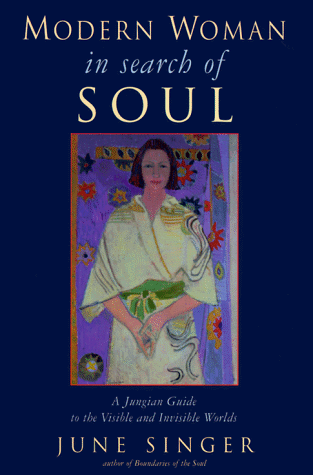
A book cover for Modern Woman in Search of Soul: A Jungian Guide to the Visible and Invisible Worlds (Jung on the Hudson Books); June Singer; Christian Books & Bibles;